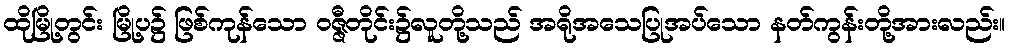
ထိုမြို့တွင်း မြို့ပ၌ ဖြစ်ကုန်သော ဝဇ္ဇီတိုင်း၌လူတို့သည် အရိုအသေပြုအပ်သော နတ်ကွန်းတို့အားလည်း။